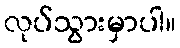
လုပ်သွားမှာပါ။